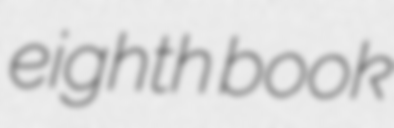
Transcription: eighth book